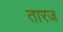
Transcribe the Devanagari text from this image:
तारज